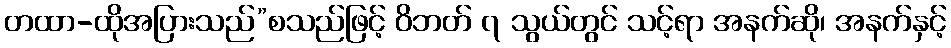
တထာ-ထိုအပြားသည်”စသည်ဖြင့် ဝိဘတ် ၇ သွယ်တွင် သင့်ရာ အနက်ဆို၊ အနက်နှင့်